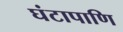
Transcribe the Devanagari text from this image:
घंटापाणि